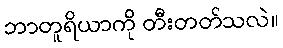
ဘာတူရိယာကို တီးတတ်သလဲ။